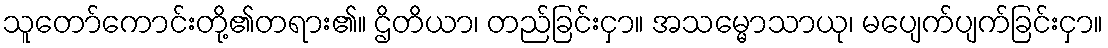
သူတော်ကောင်းတို့၏တရား၏။ ဌိတိယာ၊ တည်ခြင်းငှာ။ အသမ္မောသာယု၊ မပျေက်ပျက်ခြင်းငှာ။